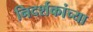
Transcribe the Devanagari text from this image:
निदर्शकांच्या